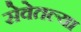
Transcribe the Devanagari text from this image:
सेवेतल्या